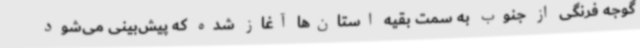
گوجه فرنگی از جنوب به سمت بقیه استان‌ها آغاز شده که پیش‌بینی می‌شود